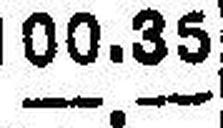
—.—